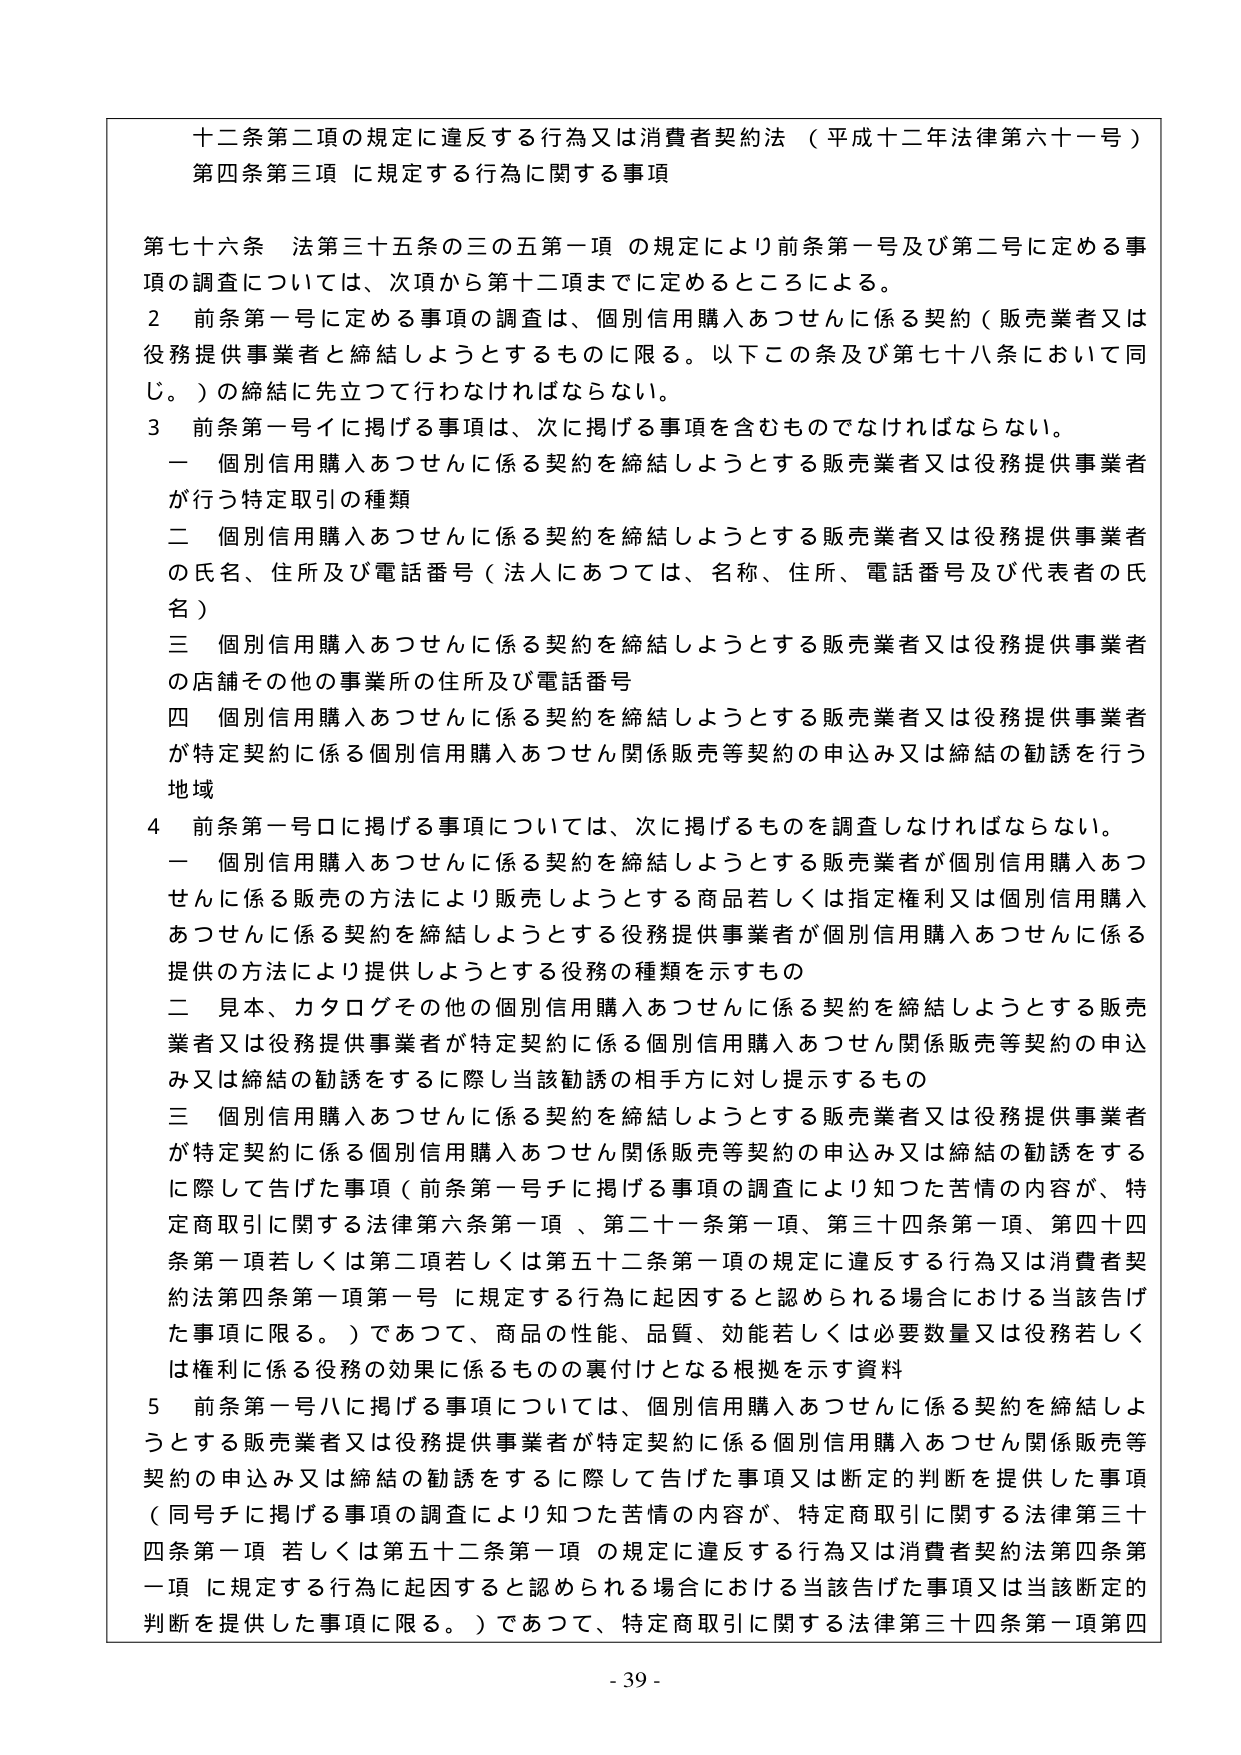
十二条第二項の規定に違反する行為又は消費者契約法（平成十二年法律第六十一号）第四条第三項に規定する行為に関する事項

第七十六条 法第三十五条の三の五第一項の規定により前条第一号及び第二号に定める事項の調査については、次項から第十二項までに定めるところによる。

２ 前条第一号に定める事項の調査は、個別信用購入あつせんに係る契約（販売業者又は役務提供事業者と締結しようとするものに限る。以下この条及び第七十八条において同じ。）の締結に先立って行わなければならない。

３ 前条第一号イに掲げる事項は、次に掲げる事項を含むものでなければならない。

一 個別信用購入あつせんに係る契約を締結しようとする販売業者又は役務提供事業者が行う特定取引の種類

二 個別信用購入あつせんに係る契約を締結しようとする販売業者又は役務提供事業者の氏名、住所及び電話番号（法人にあつては、名称、住所、電話番号及び代表者の氏名）

三 個別信用購入あつせんに係る契約を締結しようとする販売業者又は役務提供事業者の店舗その他の事業所の住所及び電話番号

四 個別信用購入あつせんに係る契約を締結しようとする販売業者又は役務提供事業者が特定契約に係る個別信用購入あつせん関係販売等契約の申込み又は締結の勧誘を行う地域

４ 前条第一号ロに掲げる事項については、次に掲げるものを調査しなければならない。

一 個別信用購入あつせんに係る契約を締結しようとする販売業者が個別信用購入あつせんに係る販売の方法により販売しようとする商品若しくは指定権利又は個別信用購入あつせんに係る契約を締結しようとする役務提供事業者が個別信用購入あつせんに係る提供の方法により提供しようとする役務の種類を示すもの

二 見本、カタログその他の個別信用購入あつせんに係る契約を締結しようとする販売業者又は役務提供事業者が特定契約に係る個別信用購入あつせん関係販売等契約の申込み又は締結の勧誘をするに際し当該勧誘の相手方に対し提示するもの

三 個別信用購入あつせんに係る契約を締結しようとする販売業者又は役務提供事業者が特定契約に係る個別信用購入あつせん関係販売等契約の申込み又は締結の勧誘をするに際して告げた事項（前条第一号チに掲げる事項の調査により知つた苦情の内容が、特定商取引に関する法律第六条第一項、第二十一条第一項、第三十四条第一項、第四十四条第一項若しくは第二項若しくは第五十二条第一項の規定に違反する行為又は消費者契約法第四条第一項第一号に規定する行為に起因すると認められる場合における当該告げた事項に限る。）であつて、商品の性能、品質、効能若しくは必要数量又は役務若しくは権利に係る役務の効果に係るものの裏付けとなる根拠を示す資料

５ 前条第一号ハに掲げる事項については、個別信用購入あつせんに係る契約を締結しようとする販売業者又は役務提供事業者が特定契約に係る個別信用購入あつせん関係販売等契約の申込み又は締結の勧誘をするに際して告げた事項又は断定的判断を提供した事項（同号チに掲げる事項の調査により知つた苦情の内容が、特定商取引に関する法律第三十四条第一項若しくは第五十二条第一項の規定に違反する行為又は消費者契約法第四条第一項に規定する行為に起因すると認められる場合における当該告げた事項又は当該断定的判断を提供した事項に限る。）であつて、特定商取引に関する法律第三十四条第一項第四

- 39 -